Reports on dispensaries and lunatic asylums in the Province of Oudh - 1869-1876
Year: 1869
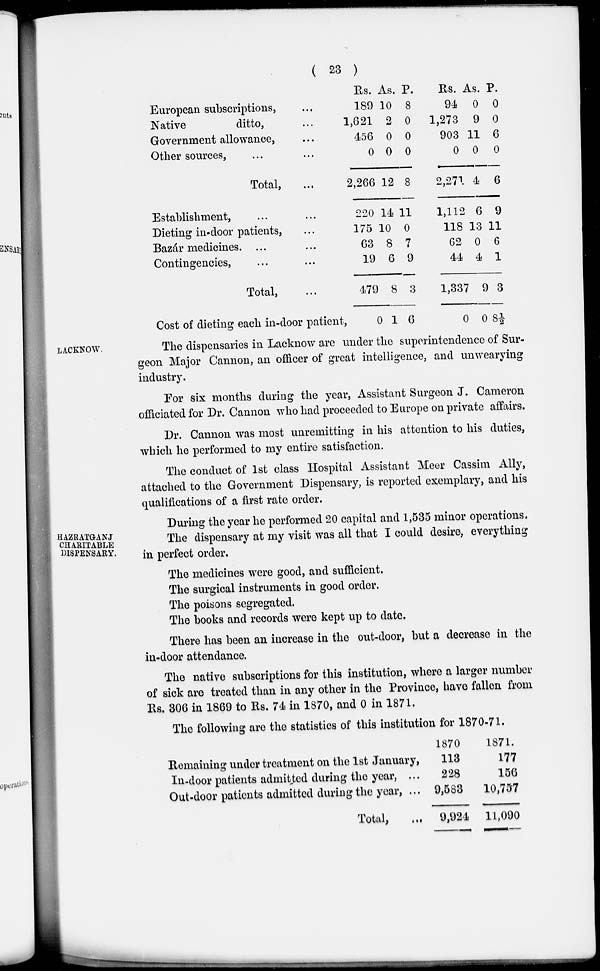
( 23 )
European subscriptions, ...
Native
ditto, ...
Government allowance, ...
Other sources, ... ...
Total, ...
Establishment, ... ...
Dieting in-door patients, ...
Bazár medicines. ... ...
Contingencies, ... ...
Total, ...
Cost of dieting each in-door patient,
Rs.
189
1,621
456
0
2,266
220
175
63
19
479
0
As.
10
2
0
0
12
14
10
8
6
8
1
P.
8
0
0
0
8
11
0
7
9
3
6
Rs.
94
1,273
903
0
2,271
1,112
118
62
44
1,337
0
As.
0
9
11
0
4
6
13
0
4
9
0
P.
0
0
6
0
6
9
11
6
1
3
8½
LACKNOW.
The dispensaries in Lacknow are under the superintendence of Sur-
geon Major Cannon, an officer of great intelligence, and unwearying
industry.
For six months during the year, Assistant Surgeon J. Cameron
officiated for Dr. Cannon who had proceeded to Europe on private affairs.
Dr. Cannon was most unremitting in his attention to his duties,
which he performed to my entire satisfaction.
The conduct of 1st class Hospital Assistant Meer Cassim Ally,
attached to the Government Dispensary, is reported exemplary, and his
qualifications of a first rate order.
HAZRATGANJ
CHARITABLE
DISPENSARY.
During the year he performed 20 capital and 1,535 minor operations.
The dispensary at my visit was all that I could desire, everything
in perfect order.
The medicines were good, and sufficient.
The surgical instruments in good order.
The poisons segregated.
The books and records were kept up to date.
There has been an increase in the out-door, but a decrease in the
in-door attendance.
The native subscriptions for this institution, where a larger number
of sick are treated than in any other in the Province, have fallen from
Rs. 306 in 1869 to Rs. 74 in 1870, and 0 in 1871.
The following are the statistics of this institution for 1870-71.
Remaining under treatment on the 1st January,
In-door patients admitted during the year, ...
Out-door patients admitted during the year, ...
Total,
...
1870.
113
228
9,583
9,924
1871.
177
156
10,757
11,090